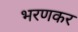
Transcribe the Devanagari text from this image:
भरणकर